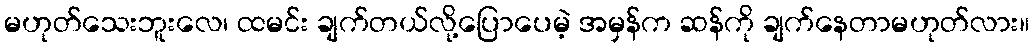
မဟုတ်သေးဘူးလေ၊ ထမင်း ချက်တယ်လို့ပြောပေမဲ့ အမှန်က ဆန်ကို ချက်နေတာမဟုတ်လား။